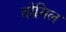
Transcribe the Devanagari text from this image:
तोमिल